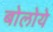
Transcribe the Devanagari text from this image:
बोलोये